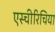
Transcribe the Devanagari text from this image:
एस्चीरिचिया